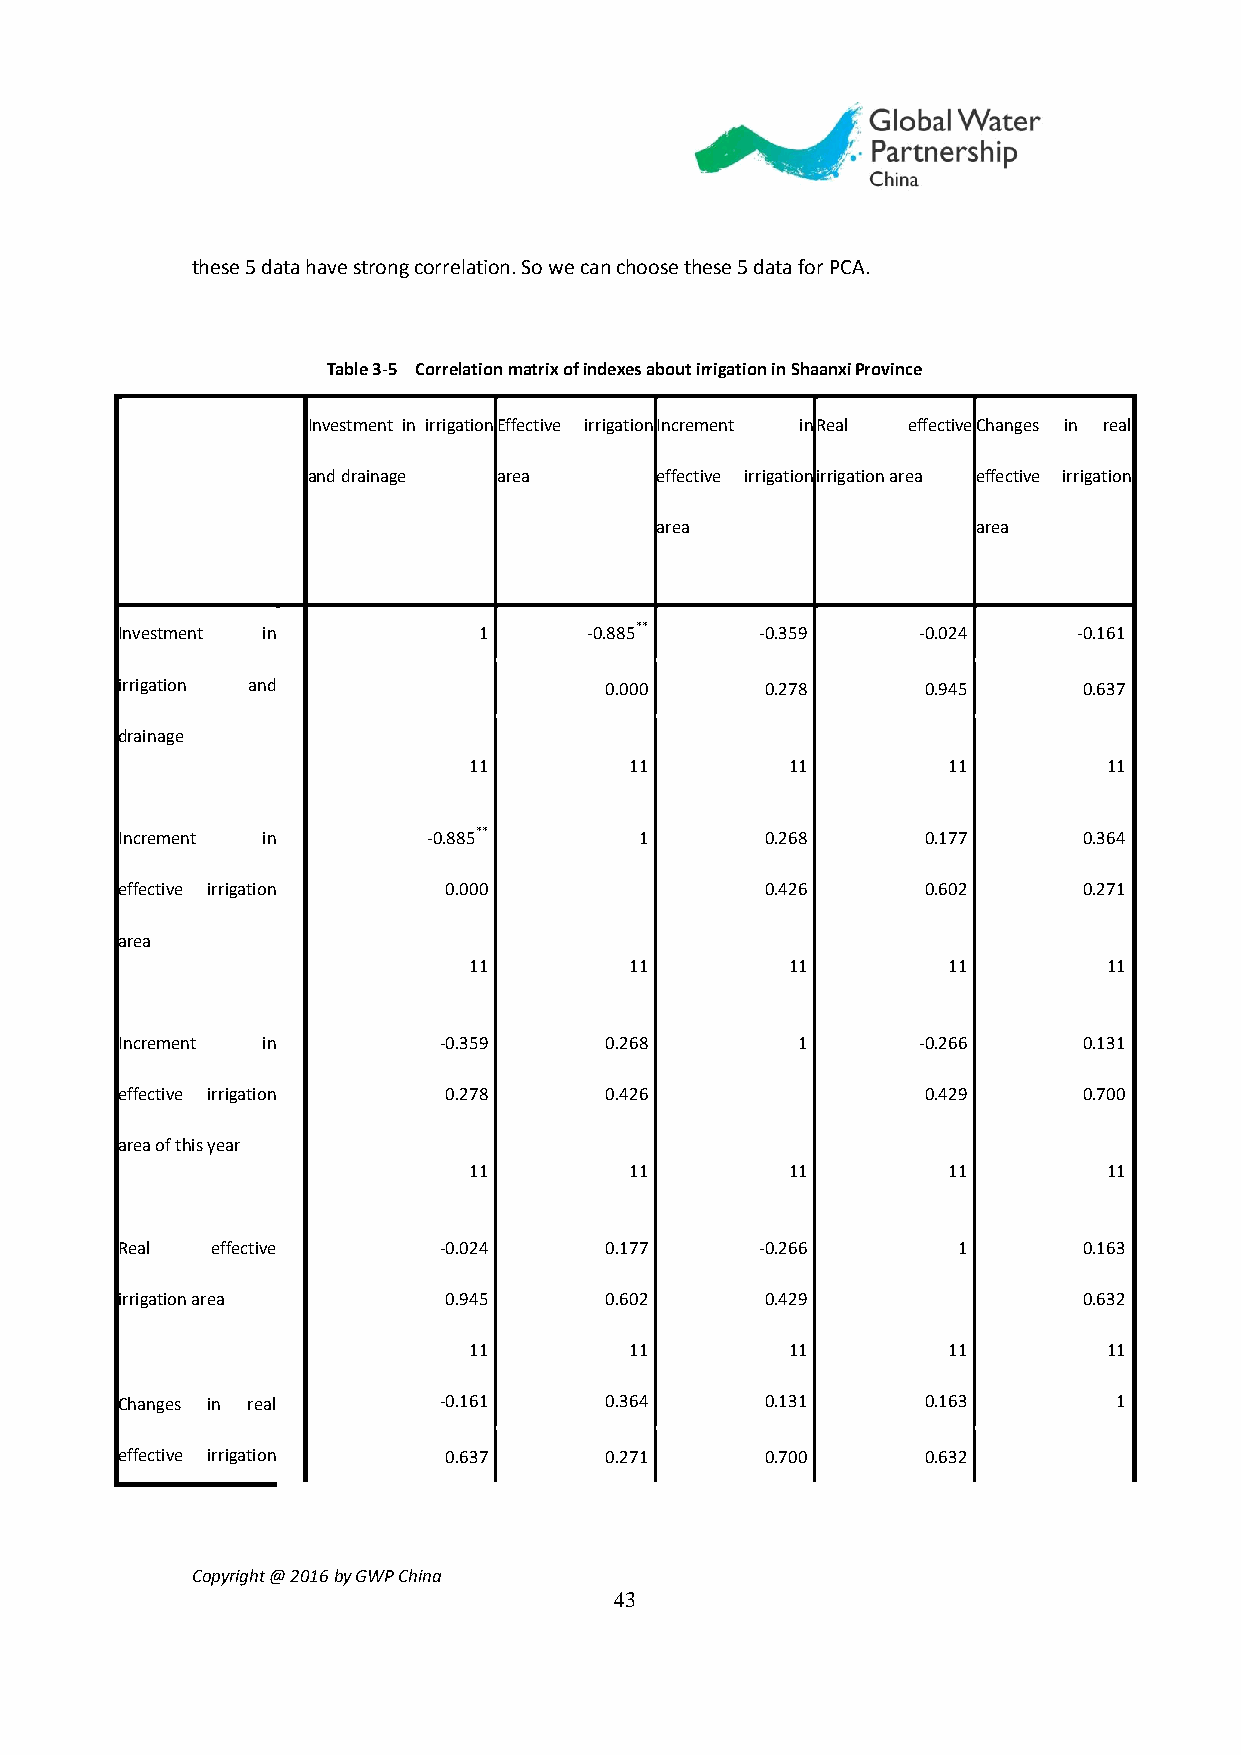
these 5 data have strong correlation. So we can choose these 5 data for PCA.
 Table 3-5 Correlation matrix of indexes about irrigation in Shaanxi Province
 Investment in irrigation Effective irrigation Increment in Real effective Changes in real
 and drainage area      effective irrigation irrigation area effective irrigation
 area                  area
 Investment in           1      -0.885**   -0.359     -0.024    -0.161
 irrigation and                  0.000      0.278     0.945      0.637
 drainage
 11         11        11         11        11
 Increment in        -0.885**      1        0.268     0.177      0.364
 effective irrigation 0.000                 0.426     0.602      0.271
 area
 11         11        11         11        11
 Increment in         -0.359     0.268        1       -0.266     0.131
 effective irrigation 0.278      0.426                0.429      0.700
 area of this year
 11         11        11         11        11
 Real  effective      -0.024     0.177     -0.266       1        0.163
 irrigation area      0.945      0.602      0.429                0.632
 11         11        11         11        11
 Changes in real      -0.161     0.364      0.131     0.163        1
 effective irrigation 0.637      0.271      0.700     0.632
 Copyright @ 2016 by GWP China
 43